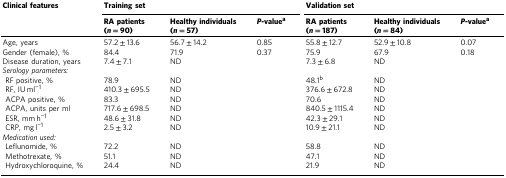
| Clinical features | <COLSPAN=3> Training set | <COLSPAN=3> Validation set |
 |  | RA patients (n = 90) | Healthy individuals (n = 57) | P-valuea | RA patients (n = 187) | Healthy individuals (n = 84) | P-valuea |
 | --- | --- | --- | --- | --- | --- | --- |
 | Age, years | 57.2 ± 13.6 | 56.7 ± 14.2 | 0.85 | 55.8 ± 12.7 | 52.9 ± 10.8 | 0.07 |
 | Gender (female), % | 84.4 | 71.9 | 0.37 | 75.9 | 67.9 | 0.18 |
 | Disease duration, years | 7.4 ± 7.1 | ND |  | 7.3 ± 6.8 | ND |  |
 | <COLSPAN=7> Serology parameters: |
 | RF positive, % | 78.9 | ND |  | 48.1b | ND |  |
 | RF, IU ml−1 | 410.3 ± 695.5 | ND |  | 376.6 ± 672.8 | ND |  |
 | ACPA positive, % | 83.3 | ND |  | 70.6 | ND |  |
 | ACPA, units per ml | 717.6 ± 698.5 | ND |  | 840.5 ± 1115.4 | ND |  |
 | ESR, mm h−1 | 48.6 ± 31.8 | ND |  | 42.3 ± 29.1 | ND |  |
 | CRP, mg l−1 | 2.5 ± 3.2 | ND |  | 10.9 ± 21.1 | ND |  |
 | <COLSPAN=7> Medication used: |
 | Leflunomide, % | 72.2 | ND |  | 58.8 | ND |  |
 | Methotrexate, % | 51.1 | ND |  | 47.1 | ND |  |
 | Hydroxychloroquine, % | 24.4 | ND |  | 21.9 | ND |  |